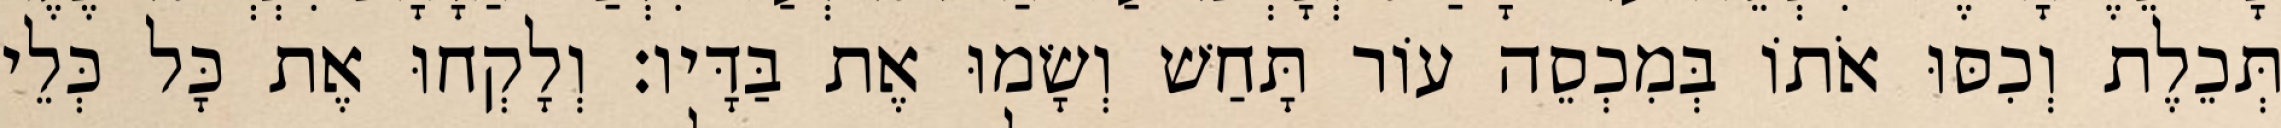
תְּכֵלֶת וְכִסּוּ אֹתוֹ בְּמִכְסֵה עוֹר תָּחַשׁ וְשָׂמוּ אֶת בַּדָּיו׃ וְלָקְחוּ אֶת כָּל כְּלֵי